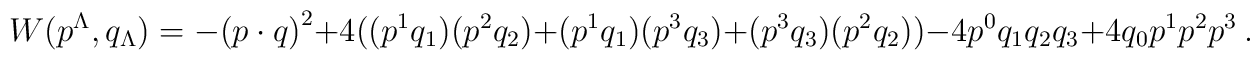
W(p^\Lambda ,q_\Lambda) =-{(p\cdot q)}^2+4\bigl ((p^1q_1)(p^2q_2)+(p^1q_1)(p^3q_3)+(p^3q_3)(p^2q_2)\bigr )\\ - 4 p^0 q_1 q_2 q_3 + 4q_0 p^1 p^2 p^3 \ .